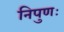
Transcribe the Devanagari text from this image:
निपुणः